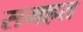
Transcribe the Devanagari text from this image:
समहत